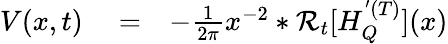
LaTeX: \begin{array}{rlr}{V(x,t)}&{{}=}&{-\frac{1}{2\pi}x^{-2}*\mathcal{R}_{t}[H_{Q}^{'(T)}](x)}\end{array}